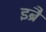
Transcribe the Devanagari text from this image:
इब्रै